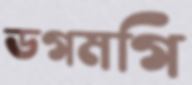
ডগমগি